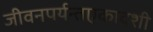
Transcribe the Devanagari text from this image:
जीवनपर्यन्तएकादशी